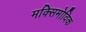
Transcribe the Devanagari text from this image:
मक्सिमोविक